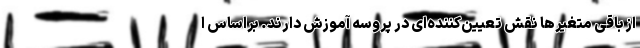
از باقی متغیرها نقش تعیین‌کننده‌ای در پروسه آموزش دارند. براساس ا